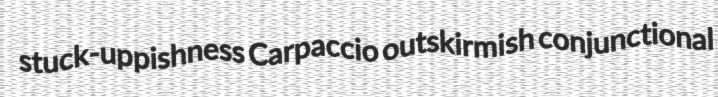
stuck-uppishness Carpaccio outskirmish conjunctional